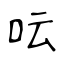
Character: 呍